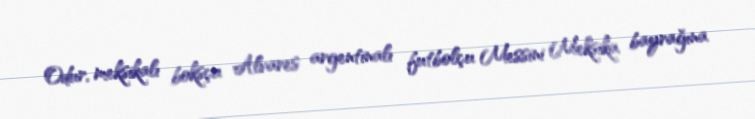
Odur, meksikalı boksçu Alvares argentinalı futbolçu Messini Meksika bayrağına